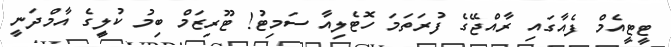
ޓީޓީއެމް ފެއާގައި ރާއްޖޭގެ ފުރަތަމަ ހޮޓެލިއާ ސަމިޓު! ޓޫރިޒަމް ބިމު ކުލިީގެ އާމްދަނީ